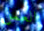
العمل